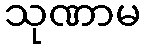
သုဏာမ